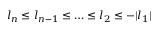
l _ { n } \le l _ { n - 1 } \le \ldots \le l _ { 2 } \le - | l _ { 1 } |